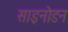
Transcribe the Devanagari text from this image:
साइनोडन